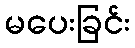
မပေးခြင်း